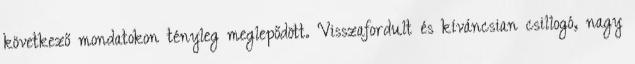
következő mondatokon tényleg meglepődött. Visszafordult és kíváncsian csillogó, nagy